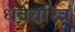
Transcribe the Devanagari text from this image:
धृवचरित्र